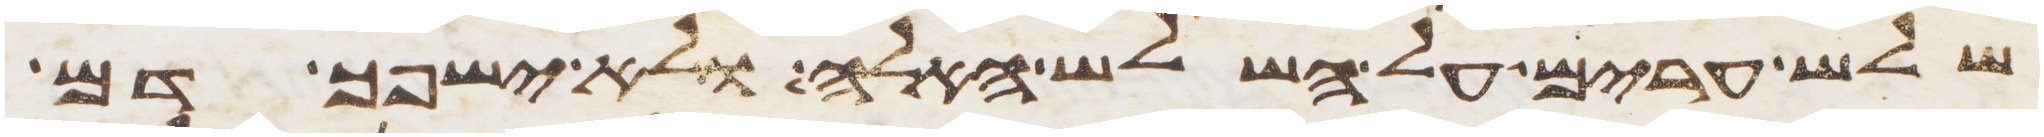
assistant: שלש ערים על השלש האלה ולא ישפך דם